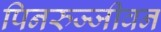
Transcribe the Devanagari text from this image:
पिनरुज्जीवन